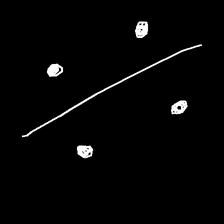
Glyph: cool